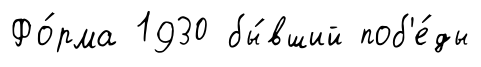
Фо́рма 1930 бы́вший поб'е́ды